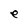
Character: e